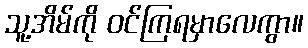
သူ့အိမ်ကို ဝင်ကြရမှာလေကွာ။